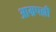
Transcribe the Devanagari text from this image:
आम्रपल्ली